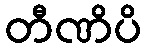
တီဏိပိ